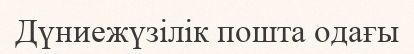
Дүниежүзілік пошта одағы